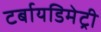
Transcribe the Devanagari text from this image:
टर्बायडिमेट्री